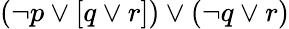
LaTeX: (\neg p\lor[q\lor r])\lor(\neg q\lor r)